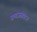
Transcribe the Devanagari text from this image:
समाजसंघटन